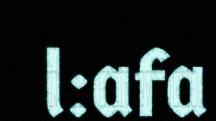
l:afa